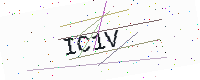
Text: IC1V